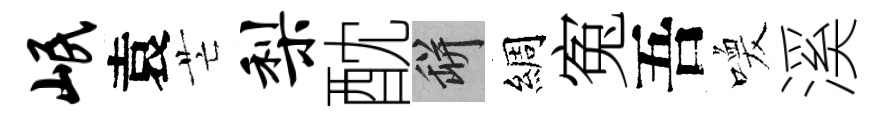
岷袁芒梨酖瓶綢寃吾喚溪